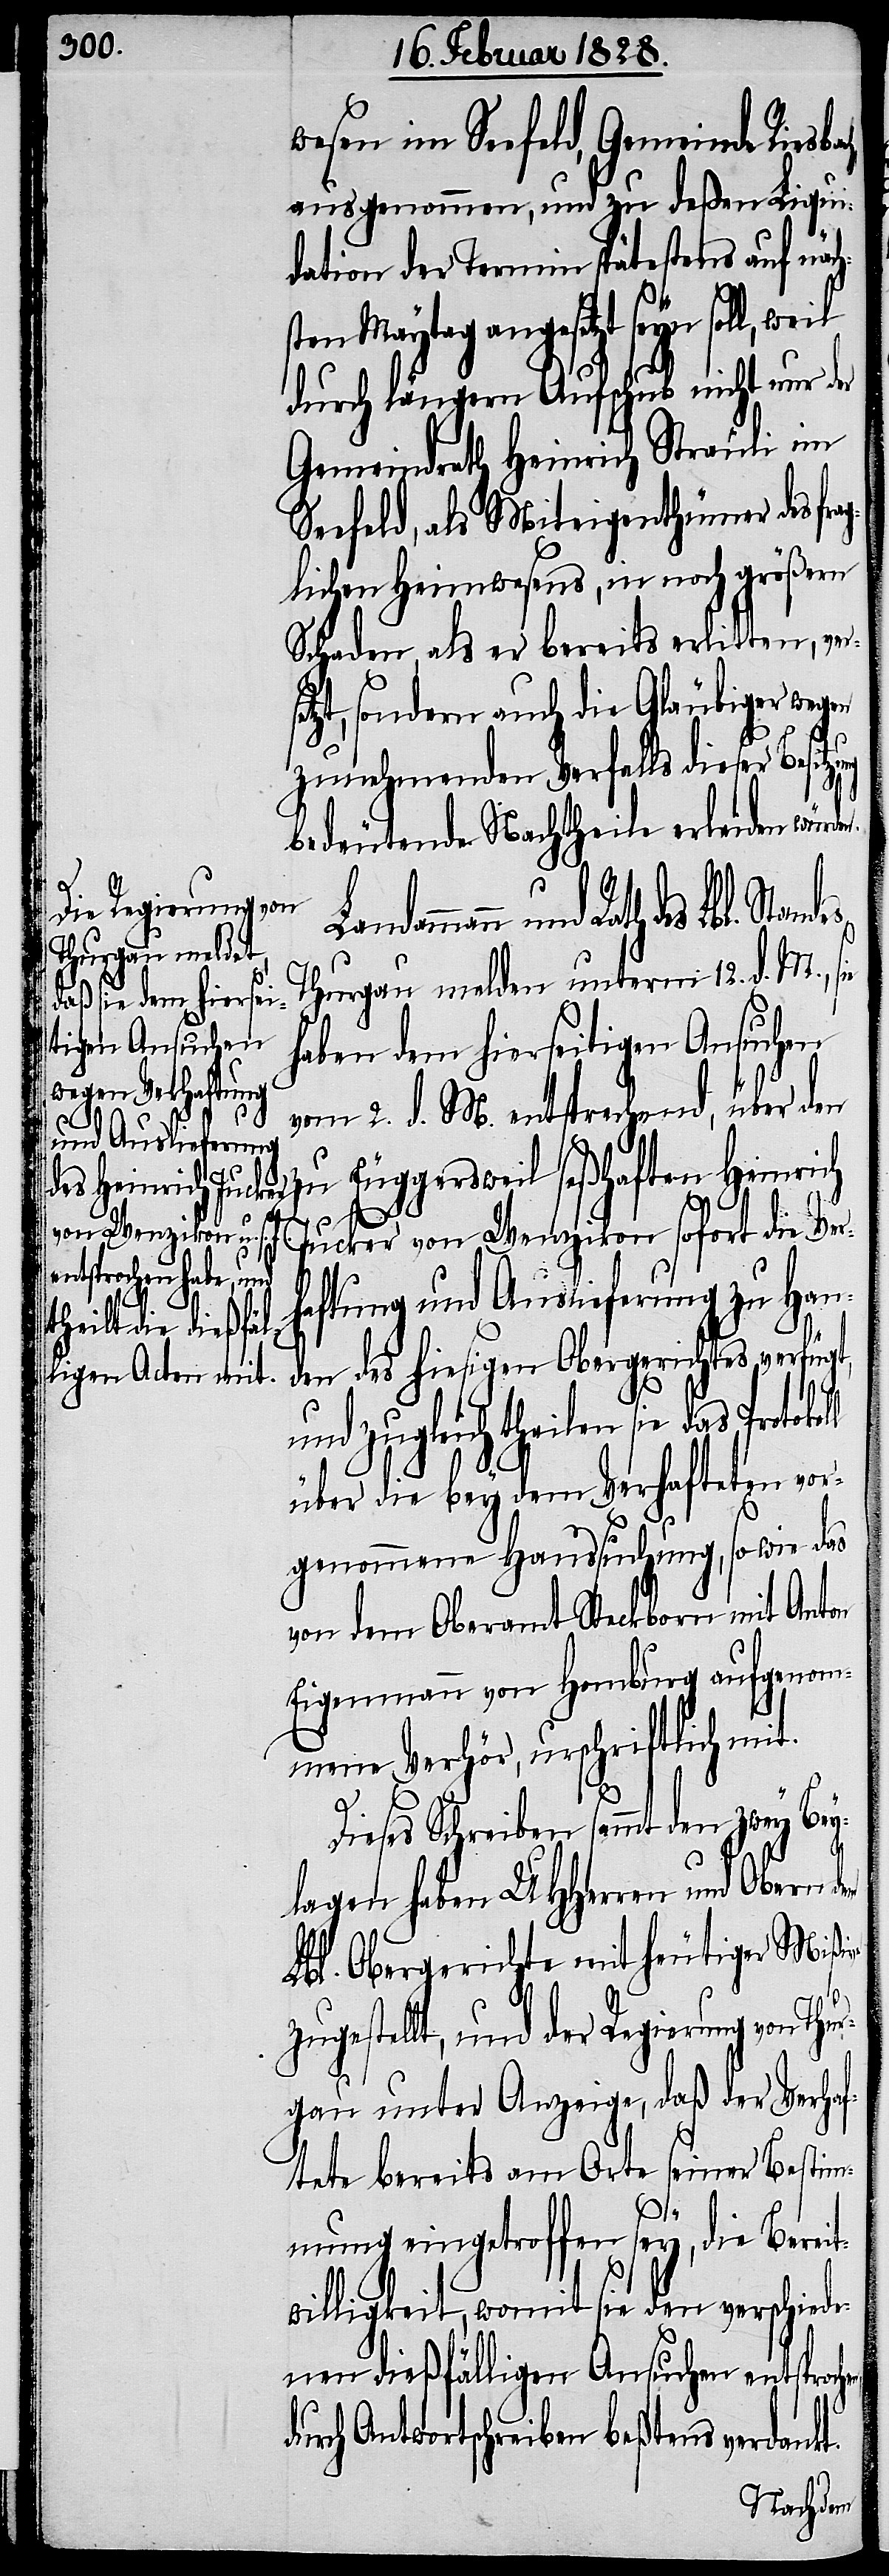
wesen im Seefeld, Gemeinde Reisb¬
ausgenommen, und zu deßen Liqui¬
dation der Termin spätestens auf näc¬
ten Maytag angesetzt seyn
durch längern Aufschub nicht nur der
Gemeindrath Heinrich Sträuli im
Seefeld, als Miteigenthümer des fr¬
aglichen Heimwesens, in noch größern
Schaden, als er bereits erlitten, ver¬
tzt, sondern auch die Gläubiger wegen
zunehmenden Verfalls dieser Besi¬
bedeutende Nachtheile erleiden würde¬
Landammann und
Thurgau melden unterm 12. d. M., s¬
haben dem hierseitigen Ansuchen
vom 2. d. M. entsprechend, über den
n.
Jucker von Wenzikon sofort die Ver¬
haftung und Auslieferung zu Han¬
den des hiesigen Obergerichtes verfügt,
und zugleich theilen sie das
über die bey dem Verhafteten vor¬
genommene Haussuchung, so wie das
von dem Oberamt Steckborn mit Anton
Eigenmann von Homburg aufgenom¬
mene Verhör, urschriftlich mit.
hen,
Dieses Schreiben sammt den zwey Bey¬
lagen haben UHHerren und Obern dem
Lbl. Obergerichte mit heutiger Mißive
t.
zugestellt, und der Regierung von Thur¬
gau unter Anzeige, daß der Verhaf¬
tete bereits am Orte seiner Bestim¬
mung eingetroffen sey, die Bereit¬
willigkeit, womit sie den verschiede¬
nen dießfälligen Ansuchen entsproc¬
Antwortschreiben beßtens verdank¬
Rath des